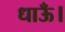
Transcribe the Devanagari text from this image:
धाऊँ।